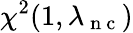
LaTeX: \chi^{2}(1,\lambda_{\mathrm{~n~c~}})